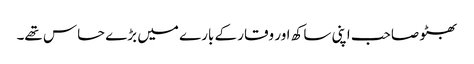
بھٹو صاحب اپنی ساکھ اور وقار کے بارے میں بڑے حساس تھے۔